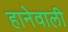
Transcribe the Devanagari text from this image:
हानेवाली